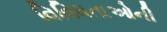
વિવિધતાઓની